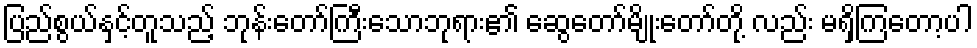
ပြည်စွယ်နှင့်တူသည့် ဘုန်းတော်ကြီးသောဘုရား၏ ဆွေတော်မျိုးတော်တို့ လည်း မရှိကြတော့ပါ